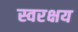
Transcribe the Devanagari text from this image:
स्वरक्षय